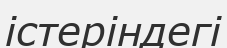
істеріндегі